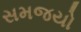
સમજયો